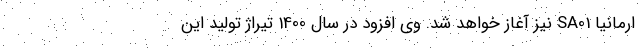
ارمانیا SA01 نیز آغاز خواهد شد. وی افزود در سال 1400 تیراژ تولید این